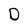
Character: D